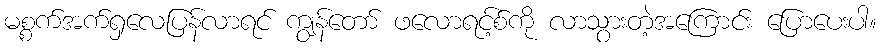
မစ္စက်အက်ရှလေပြန်လာရင် ကျွန်တော် ဖလောရင့်စ်ကို လာသွားတဲ့အကြောင်း ပြောပေးပါ။